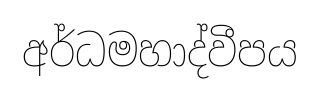
අර්ධමහාද්වීපය